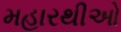
મહારથીઓ